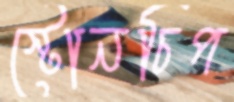
স্টোনচিপ